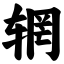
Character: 辋